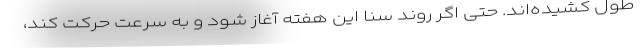
طول کشیده‌اند. حتی اگر روند سنا این هفته آغاز شود و به سرعت حرکت کند،